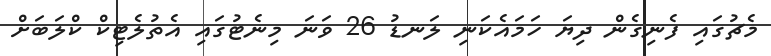
މެޗުގައި ފެނިގެން ދިޔަ ހަމައެކަނި ލަނޑު 26 ވަނަ މިނެޓުގައި އެތުލެޓިކް ކްލަބަށް